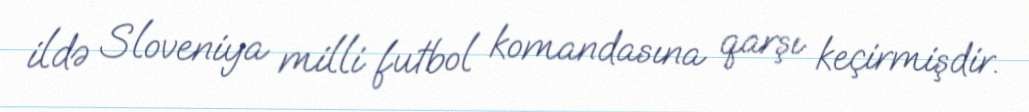
ildə Sloveniya milli futbol komandasına qarşı keçirmişdir.